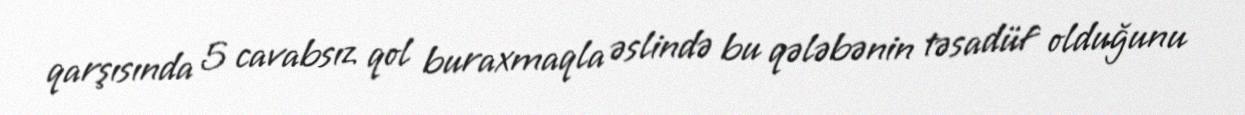
qarşısında 5 cavabsız qol buraxmaqla əslində bu qələbənin təsadüf olduğunu